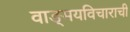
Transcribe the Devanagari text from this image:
वाङ्मयविचाराची